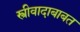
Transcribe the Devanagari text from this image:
स्त्रीवादाबाबत